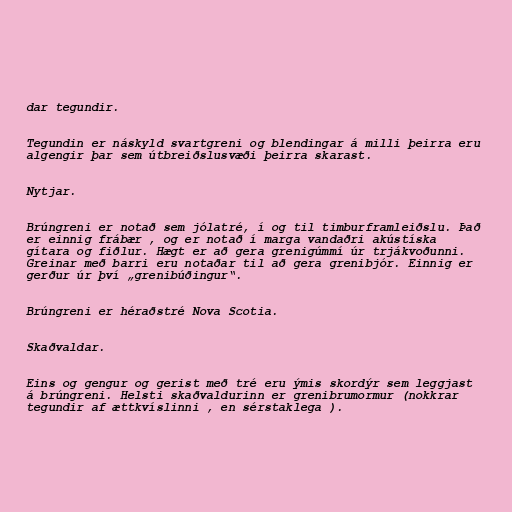
dar tegundir.

Tegundin er náskyld svartgreni og blendingar á milli þeirra eru
algengir þar sem útbreiðslusvæði þeirra skarast.

Nytjar.

Brúngreni er notað sem jólatré, í og til timburframleiðslu. Það
er einnig frábær , og er notað í marga vandaðri akústíska
gítara og fiðlur. Hægt er að gera grenigúmmí úr trjákvoðunni.
Greinar með barri eru notaðar til að gera grenibjór. Einnig er
gerður úr því „grenibúðingur“.

Brúngreni er héraðstré Nova Scotia.

Skaðvaldar.

Eins og gengur og gerist með tré eru ýmis skordýr sem leggjast
á brúngreni. Helsti skaðvaldurinn er grenibrumormur (nokkrar
tegundir af ættkvíslinni , en sérstaklega ).